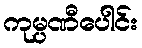
ကုမ္ပဏီပေါင်း